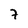
Character: 7